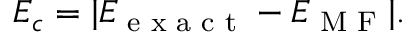
E _ { c } = | E _ { \textrm { e x a c t } } - E _ { \textrm { M F } } | .